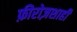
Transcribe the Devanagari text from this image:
फ़ीरोज़शाही